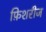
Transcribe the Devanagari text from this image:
फ़िशरीज